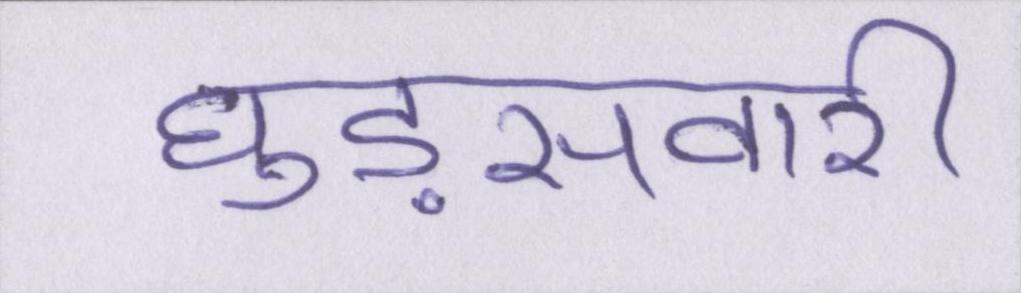
घुड़सवारी